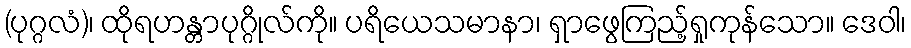
(ပုဂ္ဂလံ)၊ ထိုရဟန္တာပုဂ္ဂိုလ်ကို။ ပရိယေသမာနာ၊ ရှာဖွေကြည့်ရှုကုန်သော။ ဒေဝါ၊